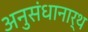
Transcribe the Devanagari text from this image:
अनुसंधानार्थ